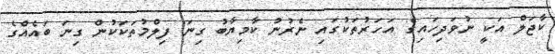
ކާޖަލް އަކީ ނުވަދިހައިގެ އަހަރުތަކުގައި ނެރުނު ކާމިޔާބު ގިނަ ފިލްމުތަކަކުން ގިނަ ބައެއްގެ